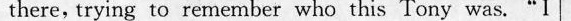
there, trying; to re:nermber who this Tory was, "I